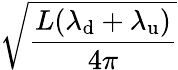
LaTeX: \sqrt{\frac{L(\lambda_{\mathrm{d}}+\lambda_{\mathrm{u}})}{4\pi}}